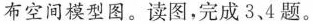
布空间模型图。读图，完成3、4题。